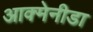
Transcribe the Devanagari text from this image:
आक्मेनीडा